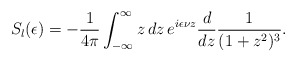
\begin{align*}S_l(\epsilon)=-{1\over4\pi}\int_{-\infty}^\infty z\,dz\,e^{i\epsilon \nu z}{d\over dz}{1\over(1+z^2)^3}.\end{align*}